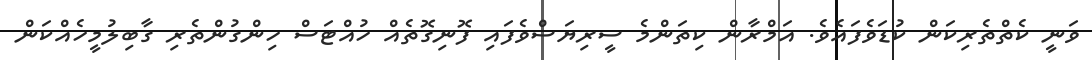
ވަނީ ކެތްތެރިކަން ކުޑަވެފައެވެ. އަމްރާން ކިތަންމެ ސީރިޔަސްވެފައި ފޮނިގޮތެއް ހުއްޓަސް ހިންގުންތެރި ގާބިލުމީހެއްކަން